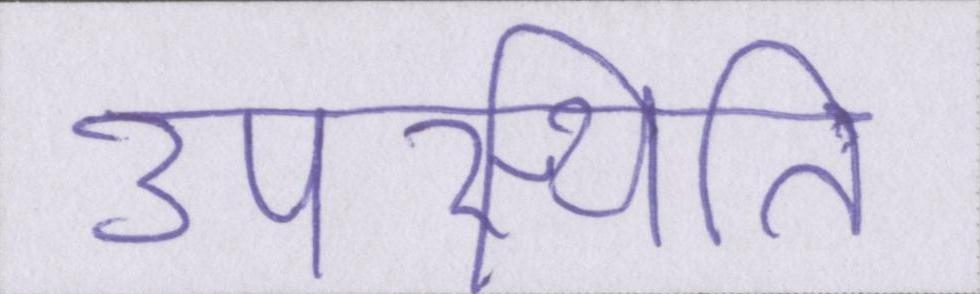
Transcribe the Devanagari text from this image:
उपस्थिति